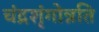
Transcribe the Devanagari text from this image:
चंद्रशृंगोन्नति